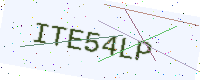
Text: ITE54LP